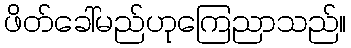
ဖိတ်ခေါ်မည်ဟုကြေညာသည်။